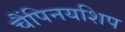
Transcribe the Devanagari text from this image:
चैंपिनयशिप